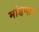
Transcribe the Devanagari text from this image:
मांडणार